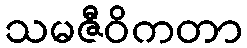
သမဇီဝိကတာ